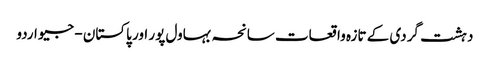
دہشت گردی کے تازہ واقعات سانحہ بہاول پور اور پاکستان - جیو اردو